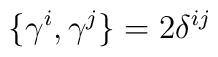
\{\gamma ^{i},\gamma ^{j}\}=2\delta ^{ij}